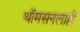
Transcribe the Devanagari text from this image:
थॉमसनलाही